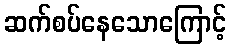
ဆက်စပ်နေသောကြောင့်